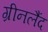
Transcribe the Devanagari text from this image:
ग्रीनलैंद